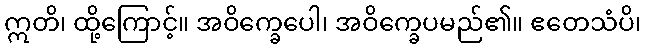
ဣတိ၊ ထို့ကြောင့်။ အဝိက္ခေပေါ၊ အဝိက္ခေပမည်၏။ ဧတေသံပိ၊